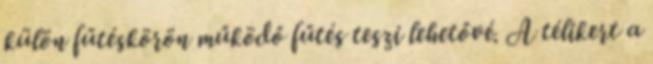
külön fűtéskörön működő fűtés teszi lehetővé. A télikert a